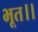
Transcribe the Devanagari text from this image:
भूत।।